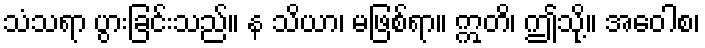
သံသရာ ပွားခြင်းသည်။ န သိယာ၊ မဖြစ်ရာ။ ဣတိ၊ ဤသို့။ အဝေါစ၊